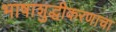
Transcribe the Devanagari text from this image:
भाषाशुद्धीकरणाचा